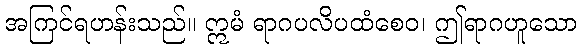
အကြင်ရဟန်းသည်။ ဣမံ ရာဂပလိပထံစေဝ၊ ဤရာဂဟူသော